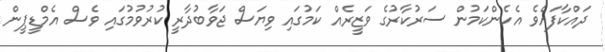
ދައްކާފައެވެ އެހެންކަމުން ސަރުކާރުގެ ވަޒީރެއް ކަމުގައި ވިޔަސް ޖަވާބުދާރީ ކުރުވުމުގައި ވެސް އެމްޑީޕީން